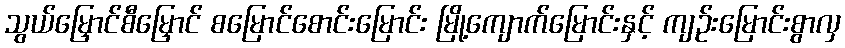
သွယ်မြှောင်စီမြှောင် စမြောင်စောင်းမြောင်း မြို့ကျောက်မြောင်းနှင့် ကျဉ်းမြောင်းစွာလှ